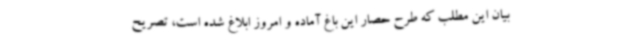
بیان این مطلب که طرح حصار این باغ آماده و امروز ابلاغ شده است، تصریح